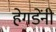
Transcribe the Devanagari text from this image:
हेगडेंनी